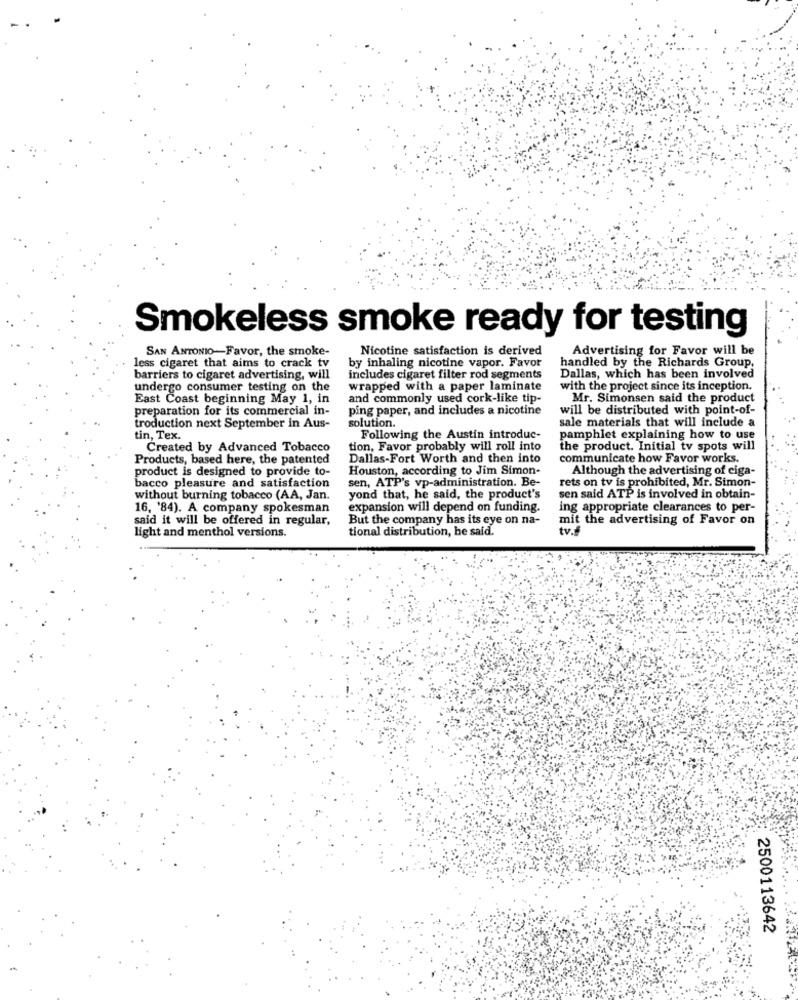
Smokeless smoke ready for testing
SAN ANTONIO-Favor, the smoke-
Nicotine satisfaction is derived
by inhaling nicotine vapor. Favor
Advertising for Favor will be
less cigaret that aims to crack tv
handled by the Richards Group,
barriers to cigaret advertising, will
includes cigaret filter rod segments
Dallas, which has been involved
undergo consumer testing on the
wrapped with a paper laminate
with the project since its inception.
East Coast beginning May 1, in
and commonly used cork-like tip-
Mr. Simonsen said the product
preparation for its commercial in-
ping paper, and includes a nicotine
will be distributed with point-of-
troduction next September in Aus-
solution.
sale materials that will include a
tin, Tex.
Following the Austin introduc-
pamphlet explaining how to use
Created by Advanced Tobacco
tion, Favor probably will roll into
the product. Initial tv spots will
Products, based here, the patented
Dallas-Fort Worth and then into
communicate how Favor works.
product is designed to provide to-
Houston, according to Jim Simon-
Although the advertising of ciga-
sen, ATP's vp-administration. Be-
rets on tv is prohibited, Mr. Simon-
bacco pleasure and satisfaction
without burning tobacco (AA, Jan.
yond that, he said, the product's
sen said ATP is involved in obtain-
16, '84). A company spokesman
expansion will depend on funding.
ing appropriate clearances to per-
said it will be offered in regular,
But the company has its eye on na-
mit the advertising of Favor on
tional distribution, he said.
tv.#
light and menthol versions.
2500113642